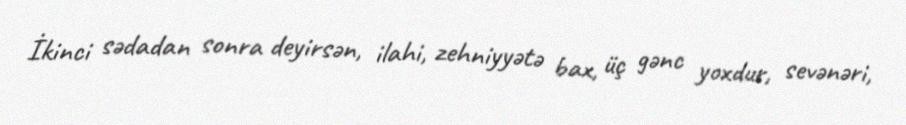
İkinci sədadan sonra deyirsən, ilahi, zehniyyətə bax, üç gənc yoxdur, sevənəri,